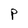
Character: P